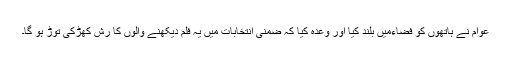
عوام نے ہاتھوں کو فضاءمیں بلند کیا اور وعدہ کیا کہ ضمنی انتخابات میں یہ فلم دیکھنے والوں کا رش کھڑکی توڑ ہو گا۔